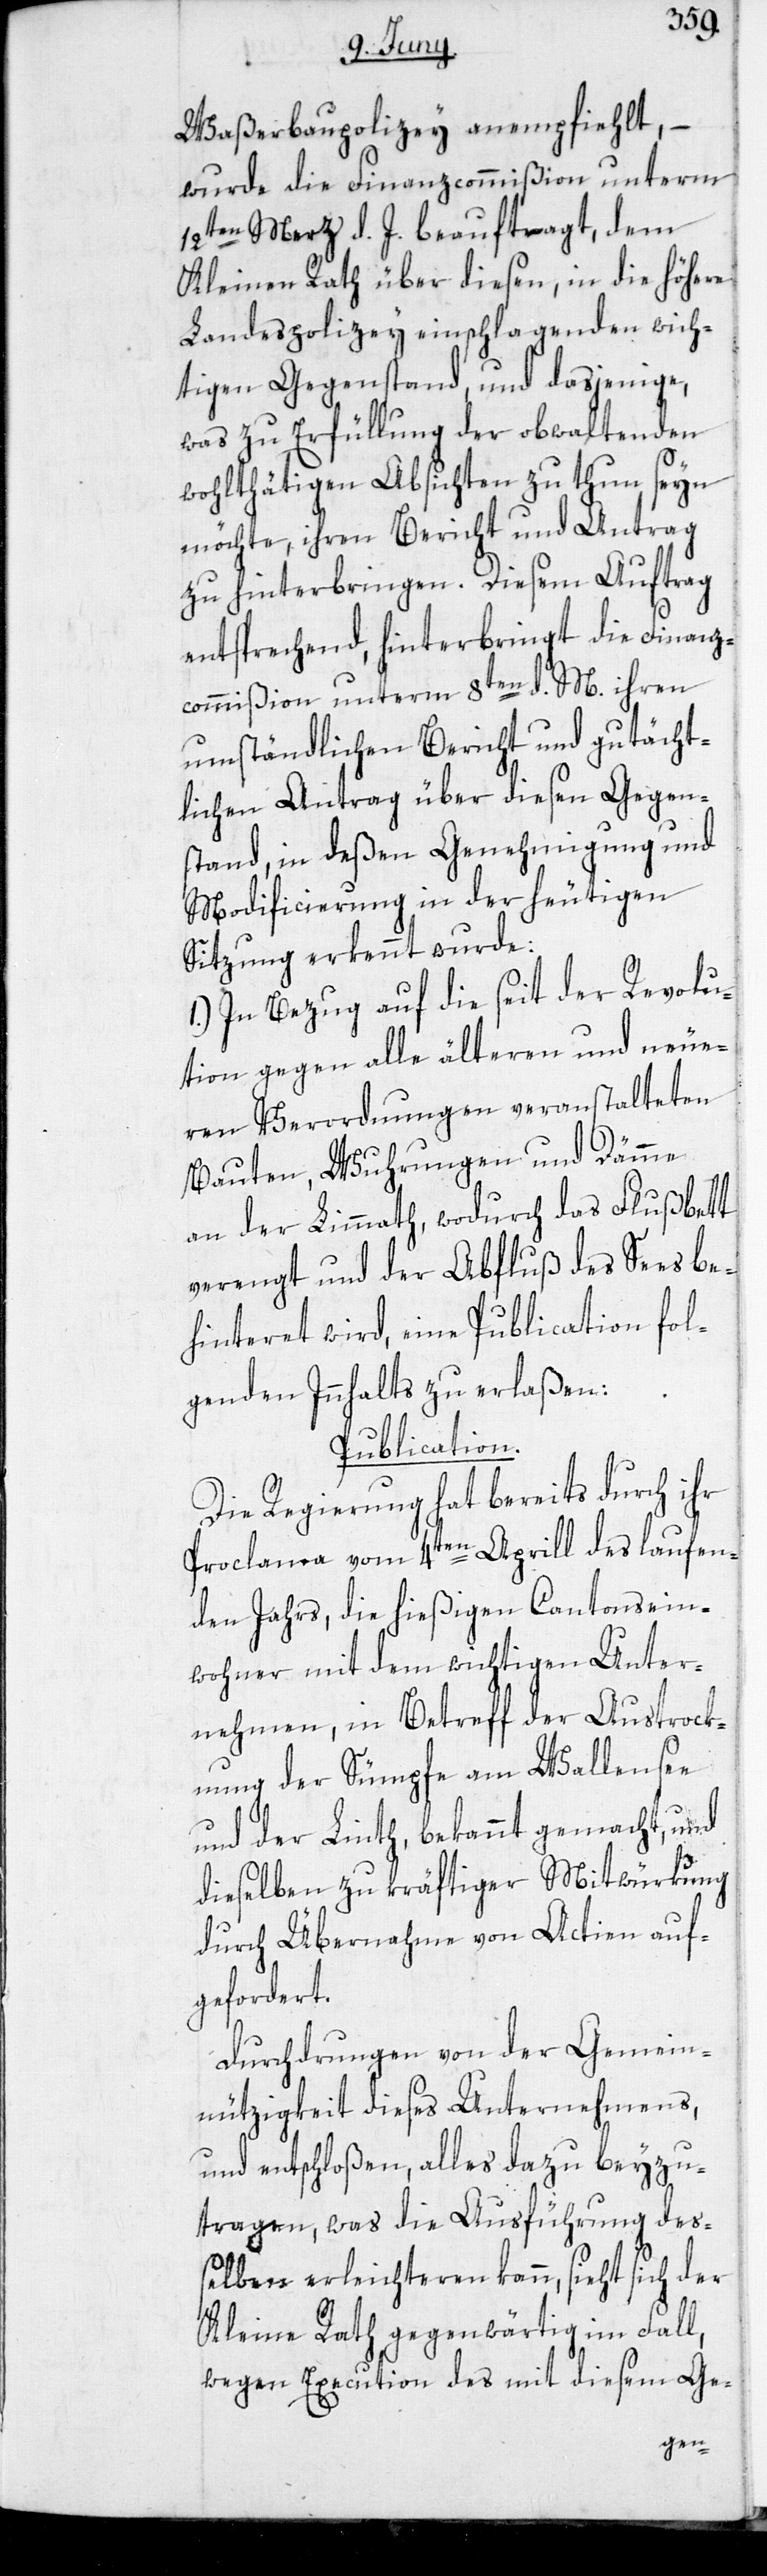
Waßerbaupolizey anempfiehlt,
wurde die Finanzcommißion unterm
12ten Merz d. J. beauftragt, dem
Kleinen Rath über diesen, in die höhere
Landespolizey einschlagenden wich¬
tigen Gegenstand, und dasjenige,
was zu Erfüllung der obwaltenden
wohlthätigen Absichten zu thun seyn
möchte, ihren Bericht und Antrag
zu hinterbringen. Diesem Auftrag
entsprechend, hinterbringt die Finanz¬
commißion unterm 8ten d. M. ihren
umständlichen Bericht und gutächt¬
lichen Antrag über diesen Gegen¬
stand, in deßen Genehmigung und
Modificierung in der heutigen
Sitzung erkennt wurde:
1.) In Bezug auf die seit der Revolu¬
tion gegen alle älteren und neue¬
ren Verordnungen veranstalteten
Bauten, Wuhrungen und Dämme
an der Limmath, wodurch das Flußbett
verengt und der Abfluß des Sees be¬
hinteret wird, eine Publication fol¬
genden Innhalts zu erlaßen:
Publication.
Die Regierung hat bereits durch ihr
Proclama vom 4ten Aprill des laufen¬
den Jahrs, die hießigen Cantonsein¬
wohner mit dem wichtigen Unter¬
nehmen, in Betreff der Austrock¬
nung der Sümpfe am Wallensee
und der Linth, bekannt gemacht, und
dieselben zu kräftiger Mitwürkung
durch Übernahme von Actien auf¬
gefordert.
Durchdrungen von der Gemein¬
nützigkeit dieses Unternehmens
und entschloßen, alles dazu beyzu¬
tragen, was die Ausführung des¬
selben erleichteren kann, sieht sich der
Kleine Rath gegenwärtig im Fall,
wegen Execution des mit diesem Ge-